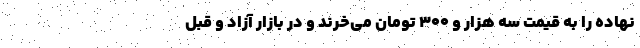
نهاده را به قیمت سه هزار و ۳۰۰ تومان می‌خرند و در بازار آزاد و قبل